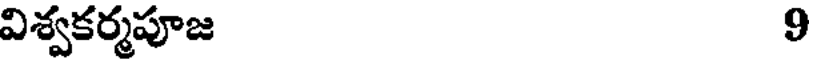
విశ్వకర్మపూజ 9